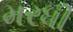
મરધી